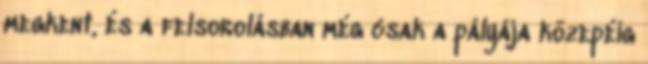
megkent, és a felsorolásban még csak a pályája közepéig